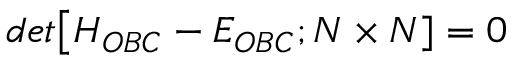
d e t \big [ H _ { O B C } - E _ { O B C } ; N \times N ] = 0